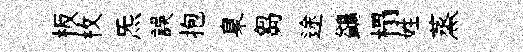
板枚炁誤抱臬芻途鷁榻姓蒸